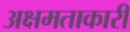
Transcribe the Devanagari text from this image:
अक्षमताकारी